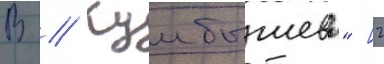
В // Куибышева" [2